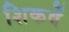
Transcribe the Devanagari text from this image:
शिकवें